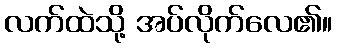
လက်ထဲသို့ အပ်လိုက်လေ၏။